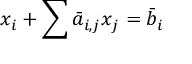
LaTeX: x _ { i } + \sum { \bar { a } } _ { i , j } x _ { j } = { \bar { b } } _ { i }